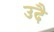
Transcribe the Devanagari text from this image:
उदै